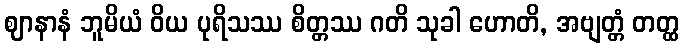
ဈာနာနံ ဘူမိယံ ဝိယ ပုရိသဿ စိတ္တဿ ဂတိ သုခါ ဟောတိ, အဗျတ္တံ တတ္ထ